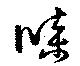
牒